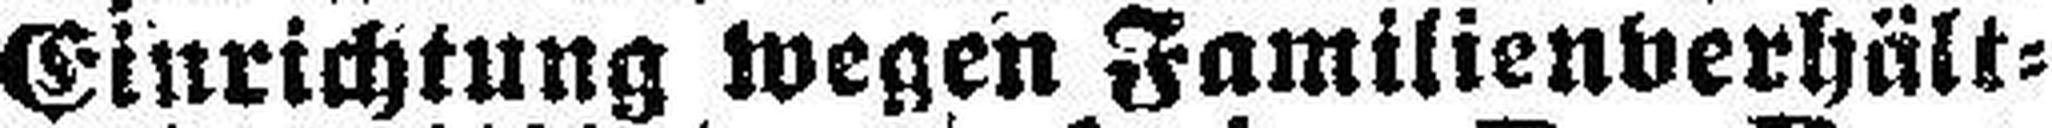
Einrichtung wegen Familienverhält¬